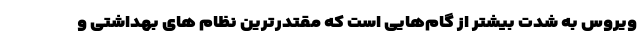
ویروس به شدت بیشتر از گام‌هایی است که مقتدرترین نظام های بهداشتی و